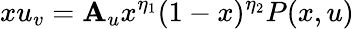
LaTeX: xu_{v}=\mathbf{A}_{u}x^{\eta_{1}}(1-x)^{\eta_{2}}P(x,u)